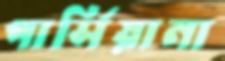
পার্সিয়ানা